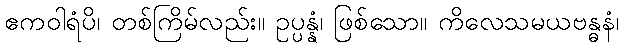
ဧကဝါရံပိ၊ တစ်ကြိမ်လည်း။ ဥပ္ပန္နံ၊ ဖြစ်သော။ ကိလေသမယဗန္ဓနံ၊